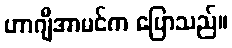
ဟာဂျီအာမင်က ပြောသည်။